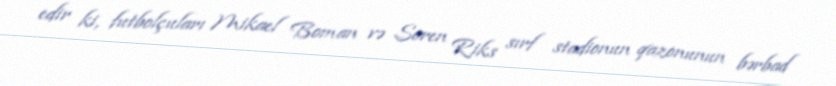
edir ki, futbolçuları Mikael Boman və Soren Riks sırf stadionun qazonunun bərbad